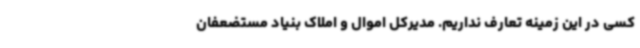
کسی در این زمینه تعارف نداریم. مدیرکل اموال و املاک بنیاد مستضعفان